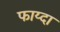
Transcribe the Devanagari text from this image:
फाय्दा